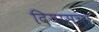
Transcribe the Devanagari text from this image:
दियासचा